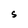
Character: S